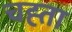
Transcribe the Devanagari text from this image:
चह्ता